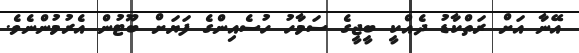
އޭނާ އަށް ރަތްކާޑު ދެއްކީ ބީޖީގެ ސަމާހު ހުސެއިންގެ ފަޔަށް ބޫޓުން އެރުމުންނެވެ.